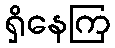
ရှိနေကြ